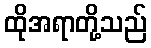
ထိုအရာတို့သည်